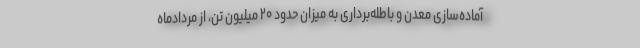
آماده‌سازی معدن و باطله‌برداری به میزان حدود ۲۰ میلیون تن، از مردادماه